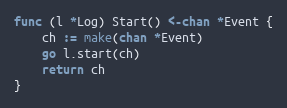
Language: Go
func (l *Log) Start() <-chan *Event {
	ch := make(chan *Event)
	go l.start(ch)
	return ch
}